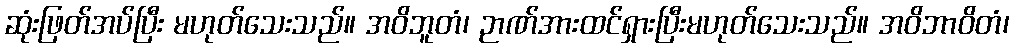
ဆုံးဖြတ်အပ်ပြီး မဟုတ်သေးသည်။ အဝိဘူတံ၊ ဉာဏ်အားထင်ရှားပြီးမဟုတ်သေးသည်။ အဝိဘာဝိတံ၊